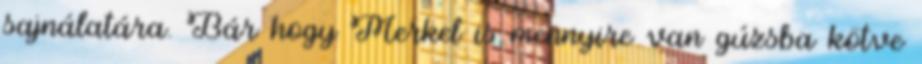
sajnálatára. Bár hogy Merkel is mennyire van gúzsba kötve